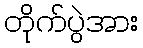
တိုက်ပွဲအား